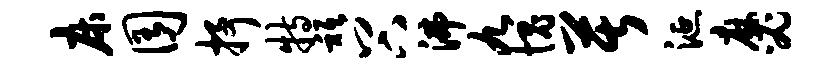
床囿抒特只谷沸九愧苦涎麻必